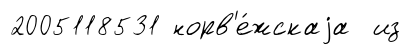
2005118531 норв'е́жскаjа из